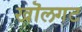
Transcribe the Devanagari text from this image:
खॊलगट